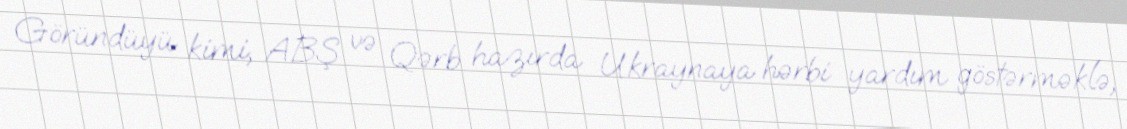
Göründüyü kimi, ABŞ və Qərb hazırda Ukraynaya hərbi yardım göstərməklə,